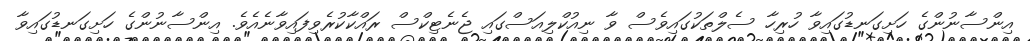
އިންސާނުންގެ ހަށިގަނޑުގައިވާ ހުރިހާ ސެލްތަކުގައިވެސް ވާ ނިއުކްލިއަސްގައި ޖެނެޓިކްސް ރައްކާކުރެވިފައިވާނެއެވެ. އިންސާނުންގެ ހަށިގަނޑުގައިވާ